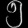
Digit: ၅